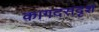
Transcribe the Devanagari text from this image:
कागदसदृश